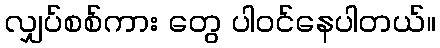
လျှပ်စစ်ကား တွေ ပါဝင်နေပါတယ်။